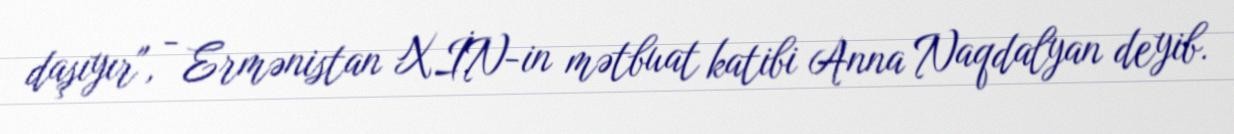
daşıyır", - Ermənistan XİN-in mətbuat katibi Anna Naqdalyan deyib.